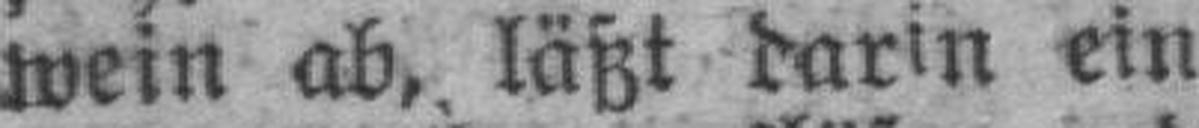
wein ab, läßt darin ein